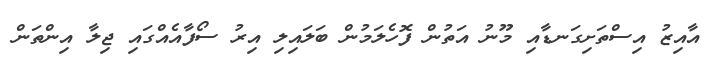
އާއިޒު އިސްތަށިގަނޑާއި މޫނު އަތުން ފޮހެލަމުން ބަލައިލި އިރު ސޯފާއެއްގައި ޖިލާ އިންތަން